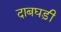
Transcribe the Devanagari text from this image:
दाबघड़ी